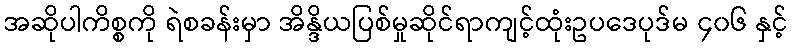
အဆိုပါကိစ္စကို ရဲစခန်းမှာ အိန္ဒိယပြစ်မှုဆိုင်ရာကျင့်ထုံးဥပဒေပုဒ်မ ၄၀၆ နှင့်